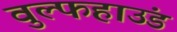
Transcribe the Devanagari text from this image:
वुल्फहाउंड